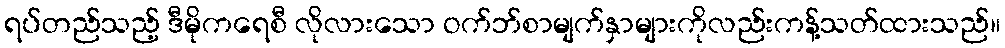
ရပ်တည်သည့် ဒီမိုကရေစီ လိုလားသော ဝက်ဘ်စာမျက်နှာများကိုလည်းကန့်သတ်ထားသည်။